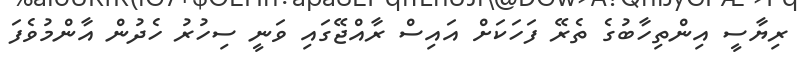
ރިޔާސީ އިންތިހާބުގެ ތެރޭ ފަހަކަށް އައިސް ރާއްޖޭގައި ވަނީ ސިހުރު ހެދުން އާންމުވެފަ